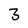
Character: 3